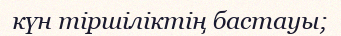
күн тіршіліктің бастауы;